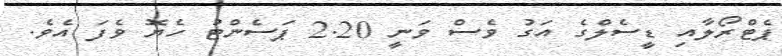
ޕެޓްރޯލާއި ޑީސެލްގެ އަގު ވެސް ވަނީ 2.20 ޕަސެންޓު ހެޔޮ ވެފަ އެވެ.